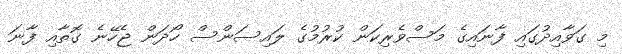
މި ގަވާއިދުގައި ފާނައިގެ މަސްވެރިކަން ކުރުމުގެ ލައިސަންސް ހޯދަން ޖެހޭނެ ގޮތާއި ފާނަ